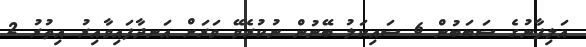
އަލިފާނުގެ ސަބަބުން 6 ސައިކަލު ބޭނުން ނުކުރެވޭ ވަރަށް އަނދާފައިވާއިރު އިތުރު 2